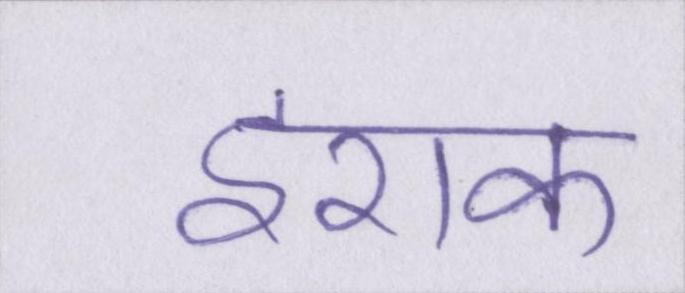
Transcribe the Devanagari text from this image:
इराक